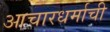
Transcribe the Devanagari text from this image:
आचारधर्माची